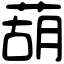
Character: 葫